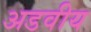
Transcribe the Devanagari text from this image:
अडवीय